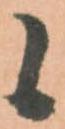
候